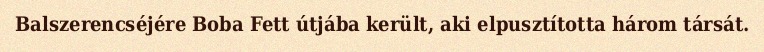
Balszerencséjére Boba Fett útjába került, aki elpusztította három társát.